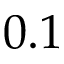
0 . 1